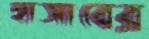
হাসাবের